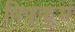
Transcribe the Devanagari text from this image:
विष्कुभं